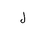
Letter: _lam